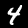
Label: 4